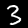
Digit: 3